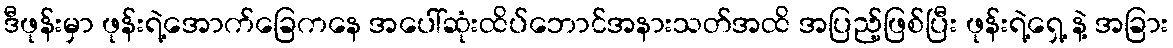
ဒီဖုန်းမှာ ဖုန်းရဲ့အောက်ခြေကနေ အပေါ်ဆုံးထိပ်ဘောင်အနားသတ်အထိ အပြည့်ဖြစ်ပြီး ဖုန်းရဲ့ရှေ့ နဲ့ အခြား